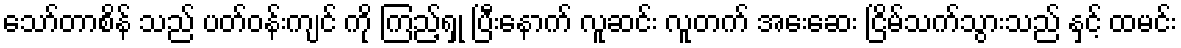
သော်တာစိန် သည် ပတ်ဝန်းကျင် ကို ကြည့်ရှု ပြီးနောက် လူဆင်း လူတက် အေးဆေး ငြိမ်သက်သွားသည် နှင့် ထမင်း